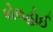
કોલહોઈ